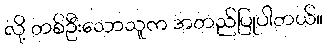
လို့ တစ်ဦးသောသူက အတည်ပြုပါတယ်။